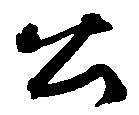
公